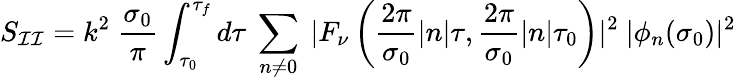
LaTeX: S_{\mathcal{I}\mathcal{I}}=k^{2}~\frac{{\sigma_{0}}}{{\pi}}\int_{\tau_{0}}^{\tau_{f}}d\tau~\sum_{n\neq0}^{}~|F_{\nu}\left(\frac{{2\pi}}{{\sigma_{0}}}|n|\tau,\frac{{2\pi}}{{\sigma_{0}}}|n|\tau_{0}\right)|^{2}~|\phi_{n}(\sigma_{0})|^{2}